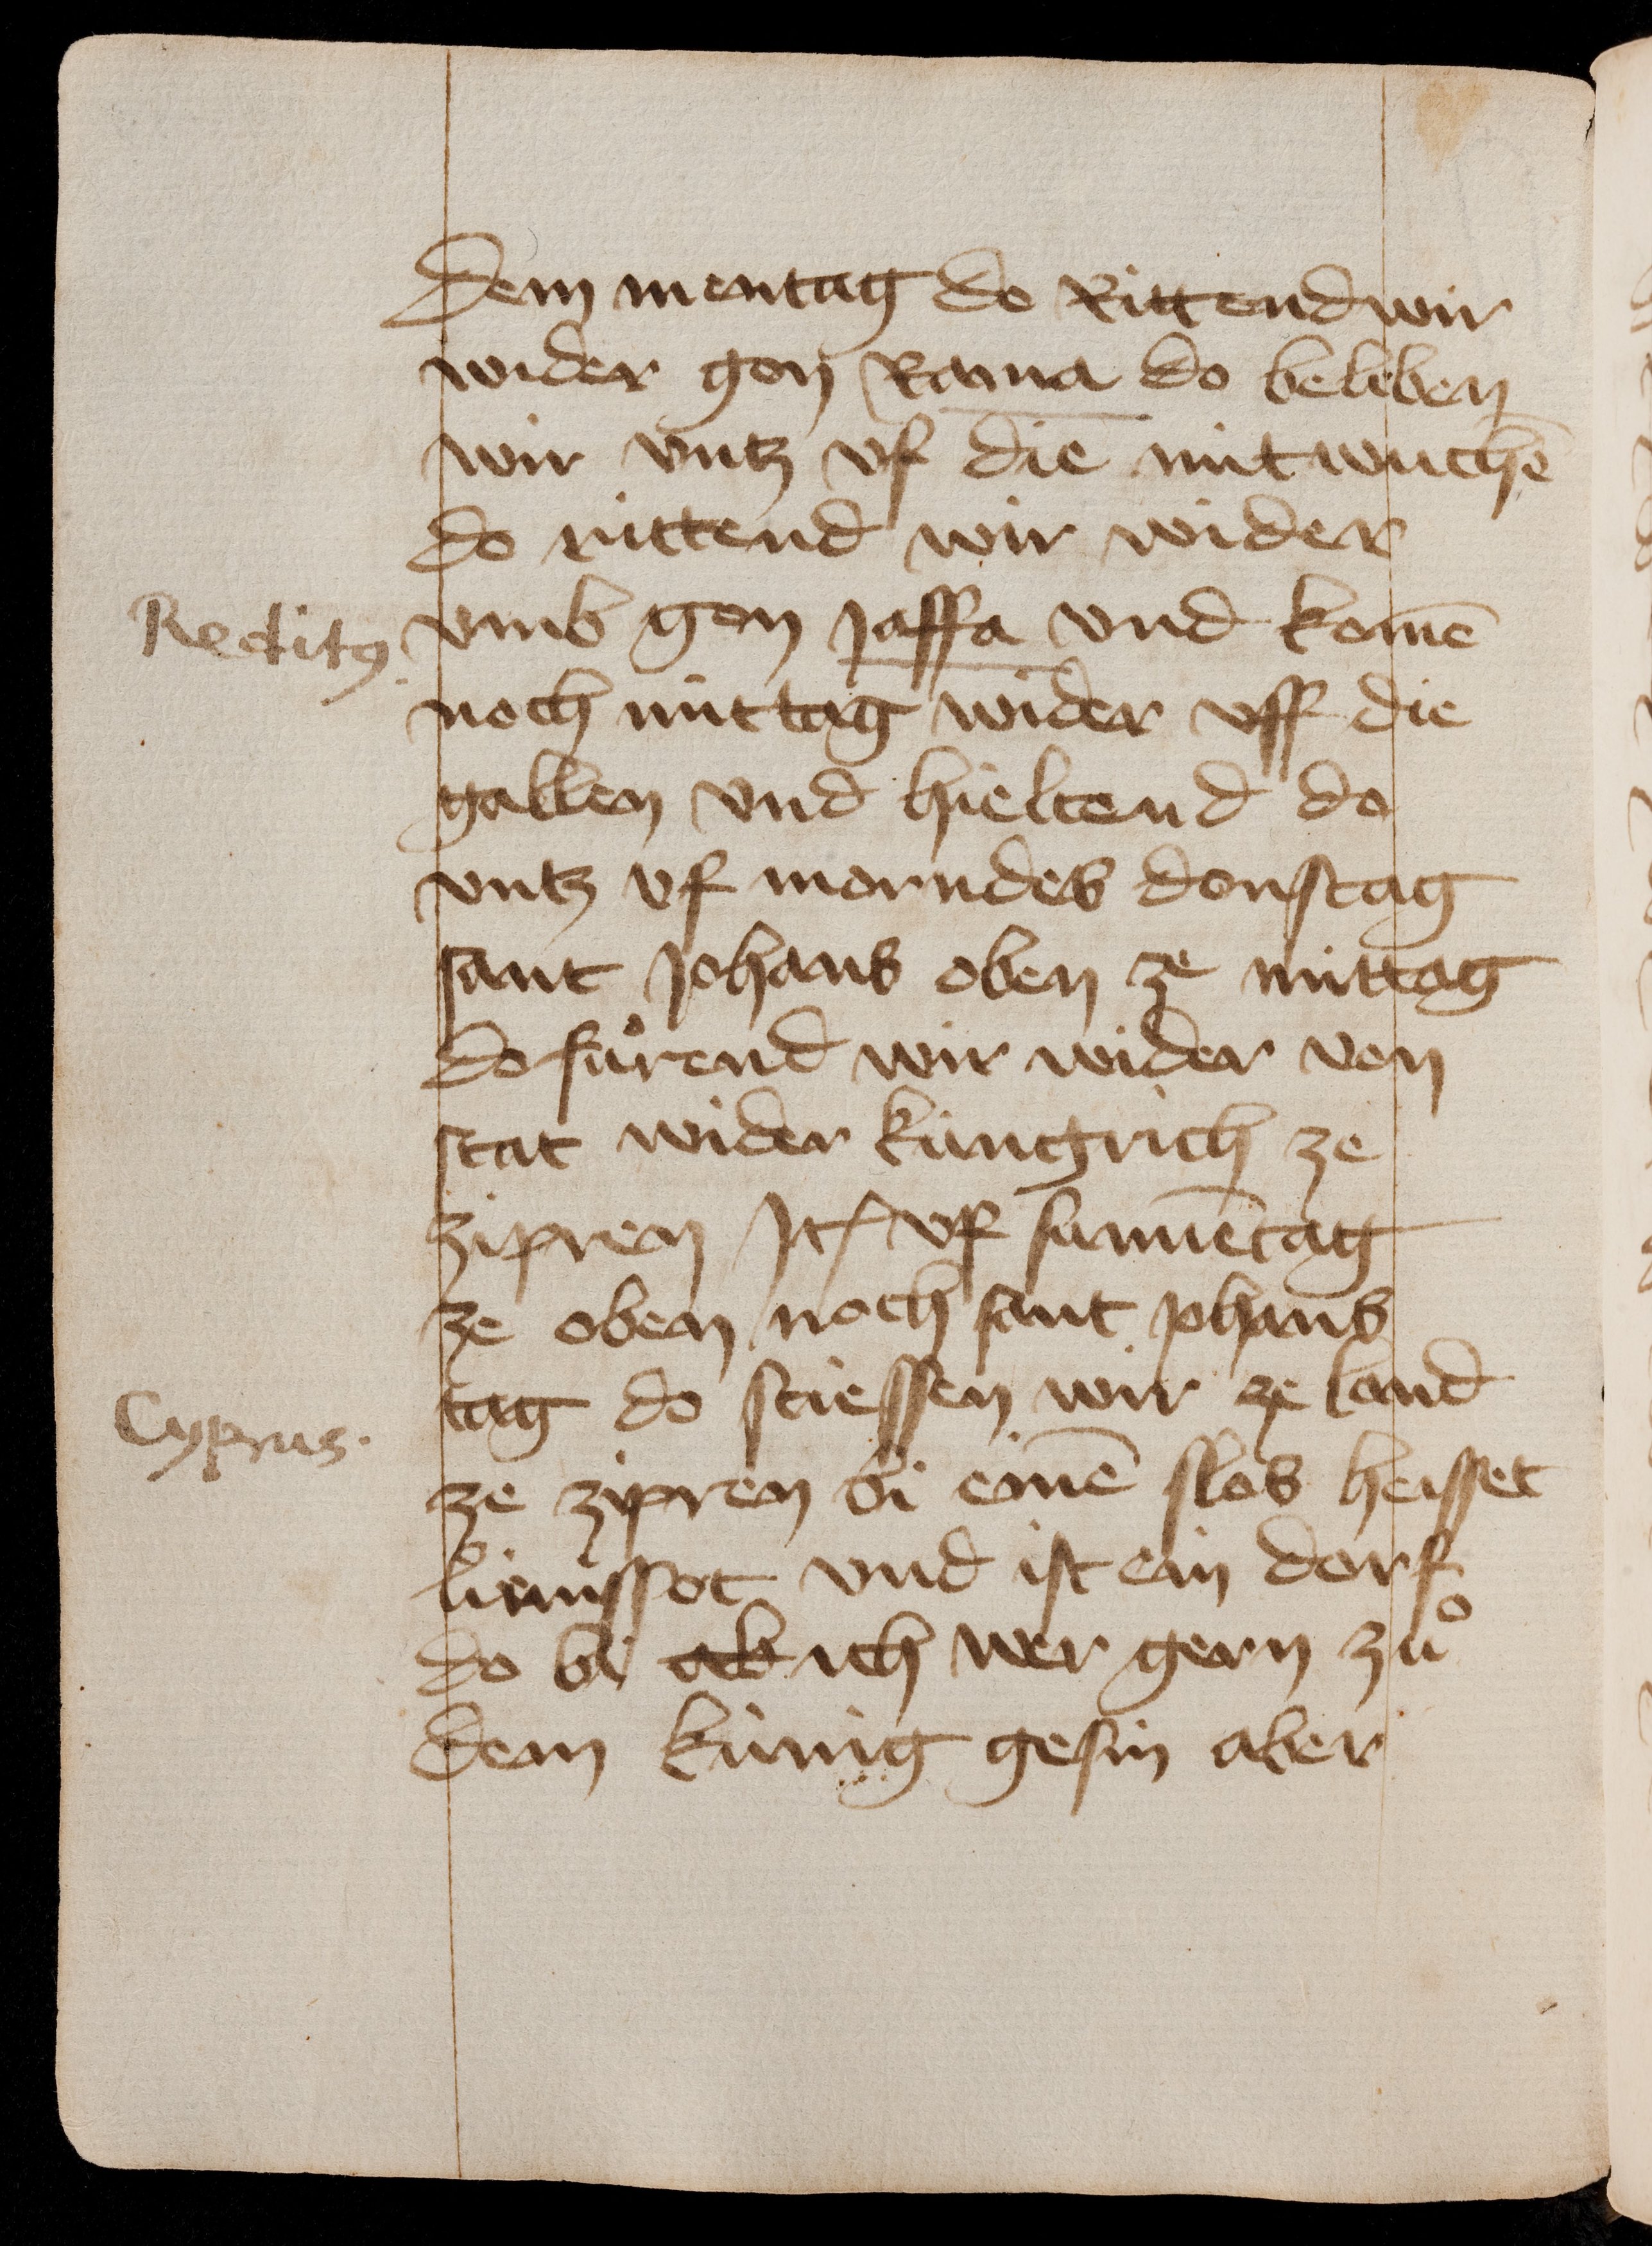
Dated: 1435–1475